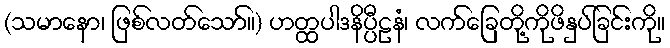
(သမာနော၊ ဖြစ်လတ်သော်။) ဟတ္ထပါဒနိပ္ပီဠနံ၊ လက်ခြေတို့ကိုဖိနှပ်ခြင်းကို။